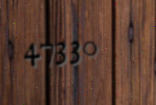
47330